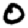
Digit: 0